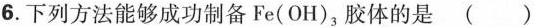
6.下列方法能够成功制备Fe(OH)，胶体的是( )